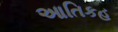
આતિકહ